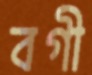
বগী